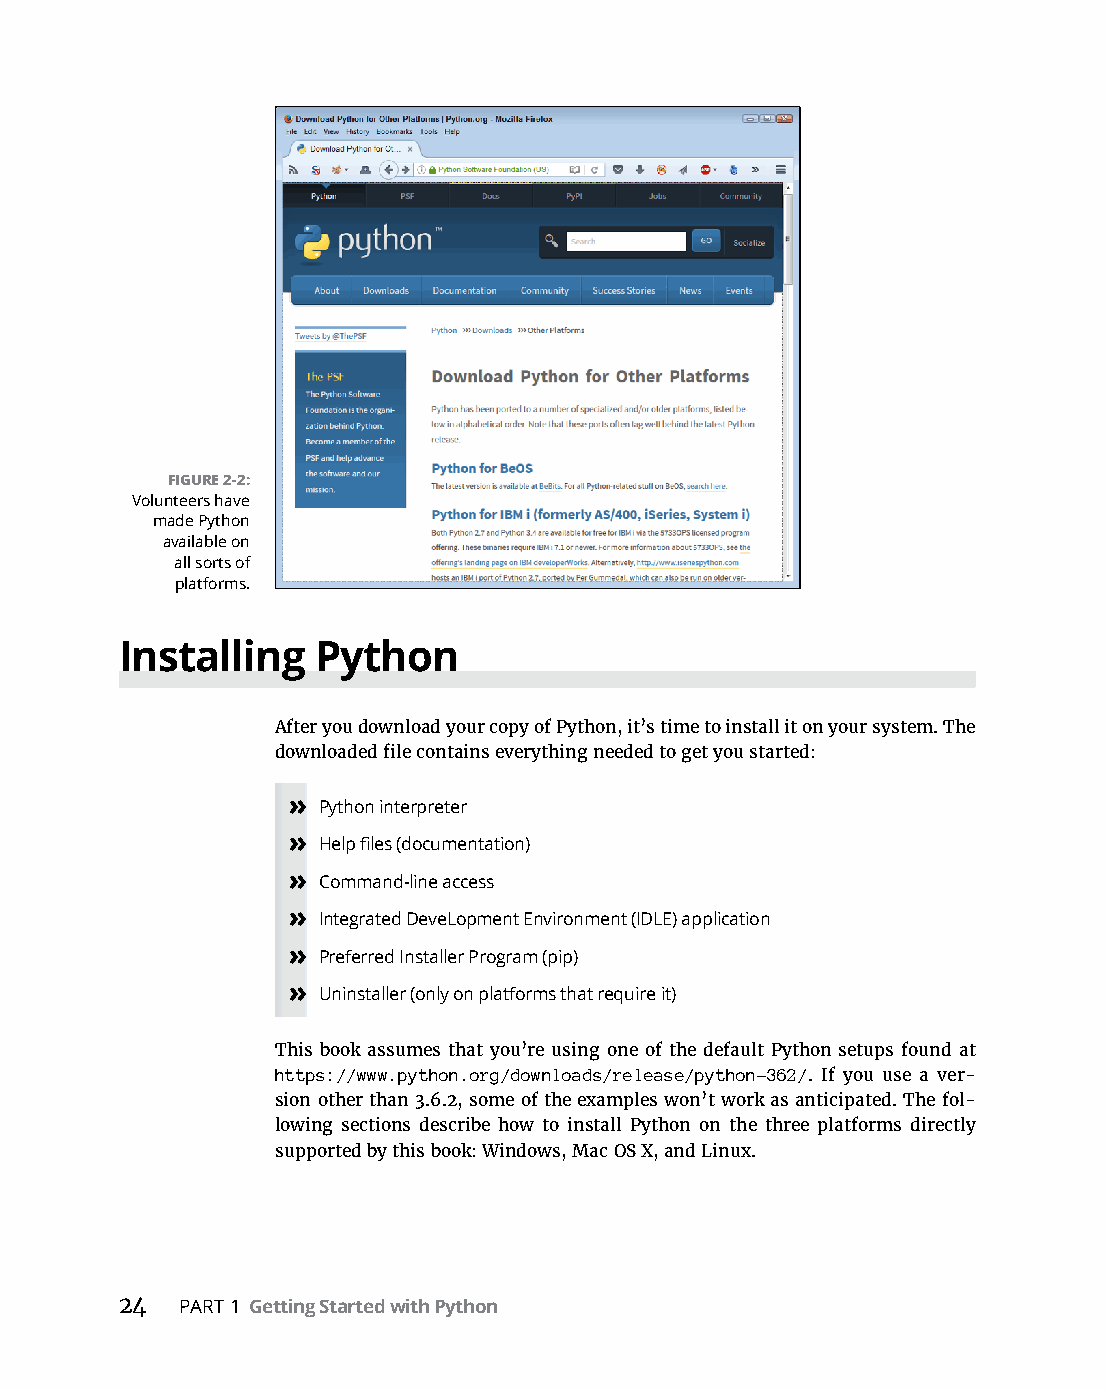
FIGURE 2-2:
 Volunteers have
 made Python
 available on
 all sorts of
 platforms.
 Installing   Python
 After you download your copy of Python, it’s time to install it on your system. The
 downloaded file contains everything needed to get you started:
 » Python interpreter
 » Help files (documentation)
 » Command-line access
 » Integrated DeveLopment Environment (IDLE) application
 » Preferred Installer Program (pip)
 » Uninstaller (only on platforms that require it)
 This book assumes that you’re using one of the default Python setups found at
 https://www.python.org/downloads/release/python-362/. If you use a ver-
 sion other than 3.6.2, some of the examples won’t work as anticipated. The fol-
 lowing sections describe how to install Python on the three platforms directly
 supported by this book: Windows, Mac OS X, and Linux.
 24  PART 1 Getting Started with Python